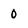
Character: 0